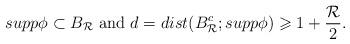
LaTeX: \begin{align*} supp\phi \subset B_{\mathcal{R}} \mbox{ and } d=dist(B^{c}_{\mathcal{R}};supp\phi) \geqslant 1 + \frac{\mathcal{R}}{2}. \end{align*}